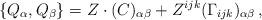
LaTeX: \begin{align*} \{Q_\alpha , Q_\beta \} = Z \cdot (C)_{\alpha \beta} + Z^{ijk} (\Gamma_{ijk})_{\alpha\beta} \, ,\end{align*}